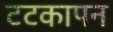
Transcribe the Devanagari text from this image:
टटकापन